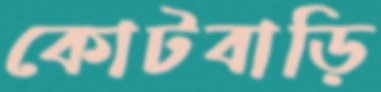
কোটবাড়ি